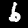
Label: 6